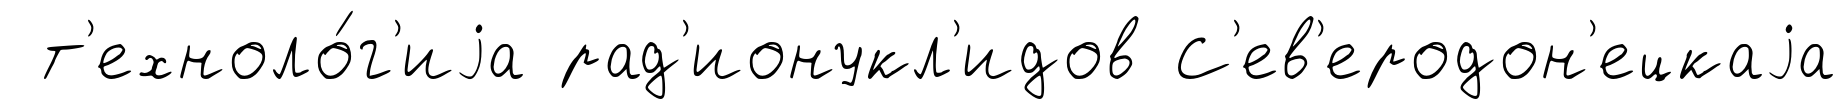
т'ехноло́г'иjа рад'ионукл'идов С'ев'еродон'ецкаjа